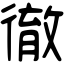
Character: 徹